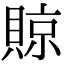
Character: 䝶